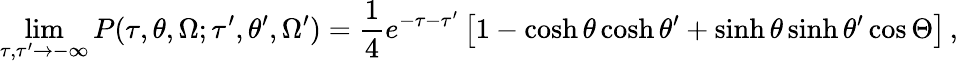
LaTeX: \operatorname*{lim}_{\tau,\tau^{\prime}\to-\infty}P(\tau,\theta,\Omega;\tau^{\prime},\theta^{\prime},\Omega^{\prime})=\frac 14e^{-\tau-\tau^{\prime}}\left[1-\cosh\theta\cosh\theta^{\prime}+\sinh\theta\sinh\theta^{\prime}\cos\Theta\right]\, ,